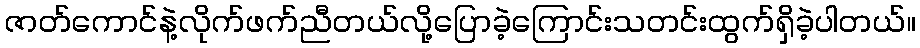
ဇာတ်ကောင်နဲ့လိုက်ဖက်ညီတယ်လို့ပြောခဲ့ကြောင်းသတင်းထွက်ရှိခဲ့ပါတယ်။